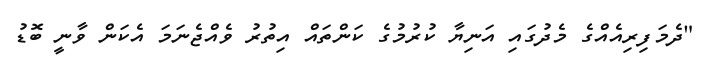
"ދެމަފިރިއެއްގެ މެދުގައި އަނިޔާ ކުރުމުގެ ކަންތައް އިތުރު ވެއްޖެނަމަ އެކަން ވާނީ ބޮޑު